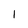
Character: 1